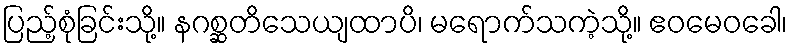
ပြည့်စုံခြင်းသို့။ နဂစ္ဆတိသေယျထာပိ၊ မရောက်သကဲ့သို့။ ဧဝမေဝခေါ၊